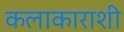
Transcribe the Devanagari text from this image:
कलाकाराशी